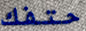
حتفك